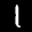
Label: 1